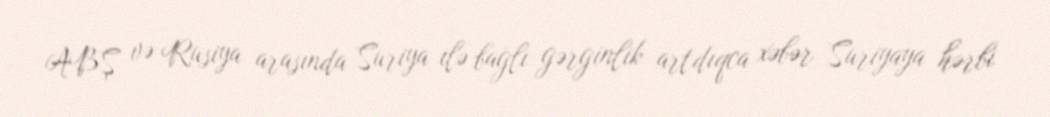
ABŞ və Rusiya arasında Suriya ilə bağlı gərginlik artdıqca xəbər Suriyaya hərbi